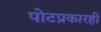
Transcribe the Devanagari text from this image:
पोटप्रकारही